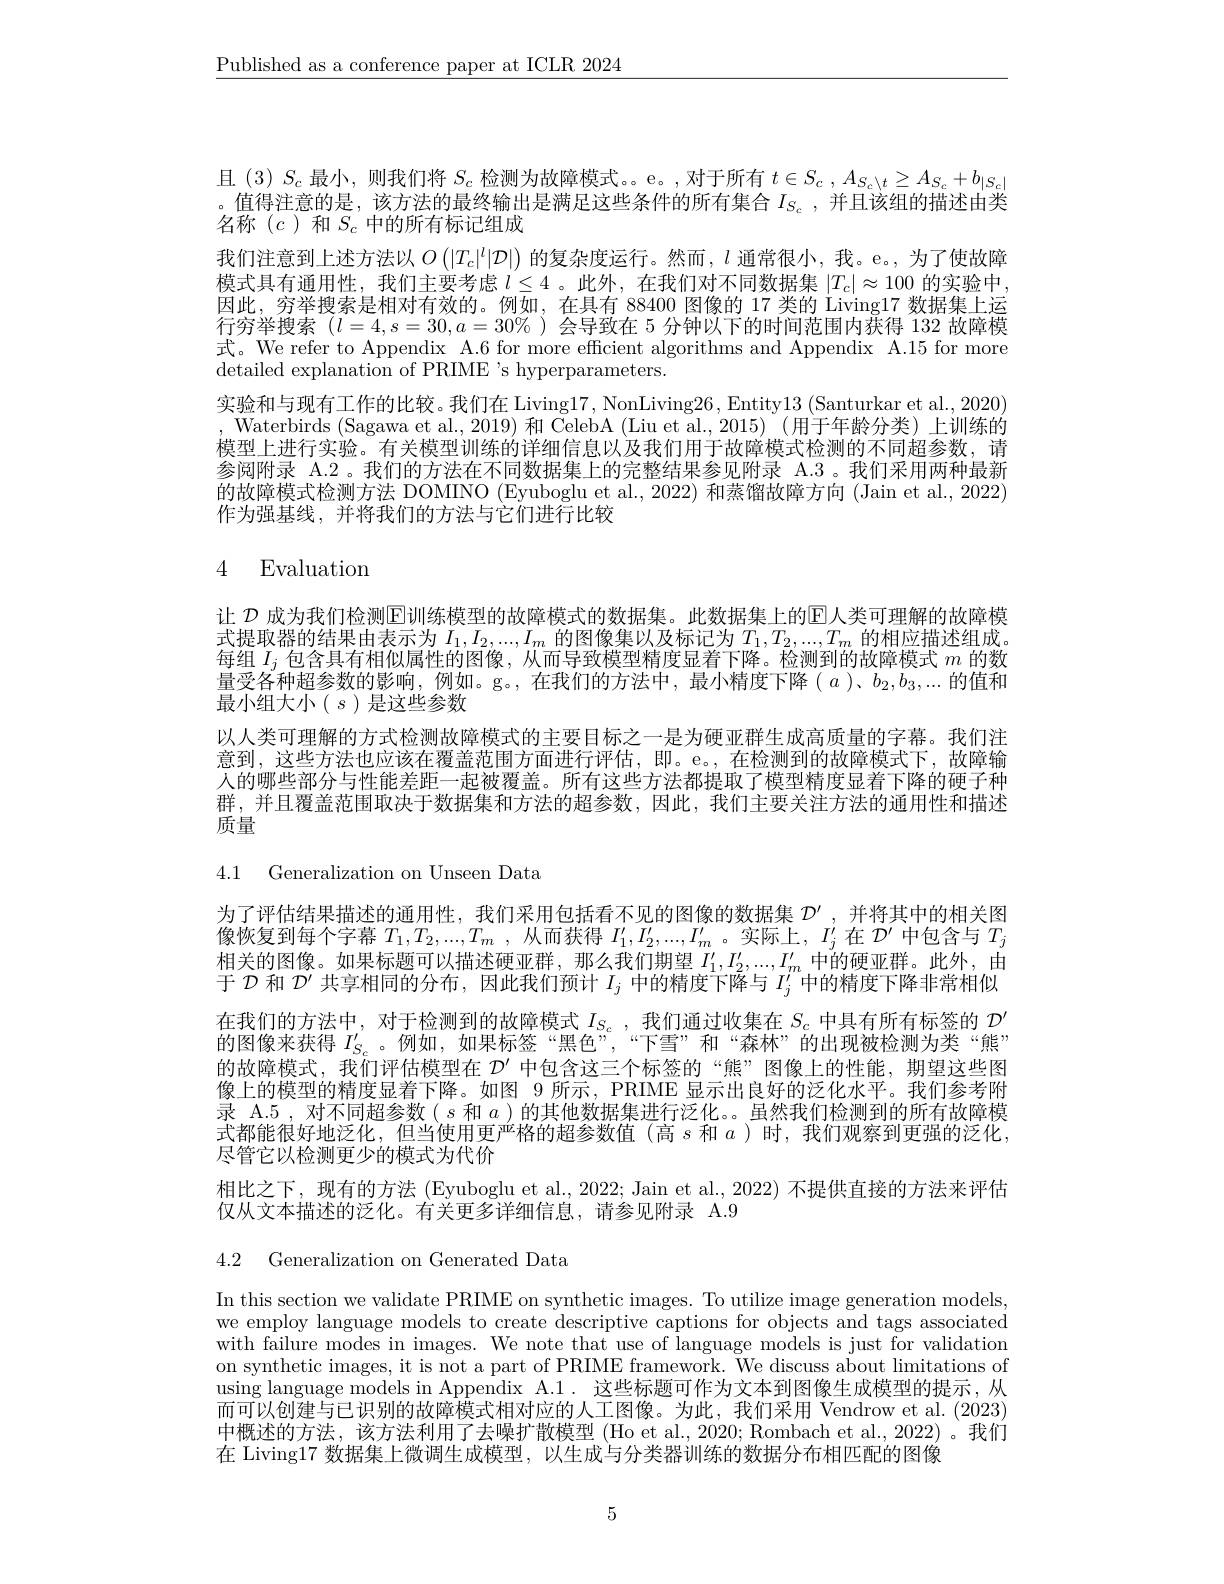
$\underline{\text{Published as a conference paper at ICLR 2024}}$

且(3)$S_c$最小，则我们将$S_c$检测为故障模式。e。,对于所有$t\in S_c,A_{S_c\backslash t}\geq A_{S_c}+b_{|S_c|}$ 。值得注意的是，该方法的最终输出是满足这些条件的所有集合$I_{S_c}$ ,并且该组的描述由类名称(c)和$S_c$中的所有标记组成
我们注意到上述方法以$O\left(|T_c|^l|\mathcal{D}|\right)$的复杂度运行。然而，$l$通常很小，我。e。,为了使故障模式具有通用性，我们主要考虑$l\leq4$ 。此外，在我们对不同数据集$|T_c|\approx100$的实验中， 因此，穷举搜索是相对有效的。例如，在具有 88400 图像的 17 类的 Living17 数据集上运行穷举搜索$(l=4,s=30,a=30\%$ )会导致在 5 分钟以下的时间范围内获得 132 故障模式。We refer to Appendix A.6 for more efficient algorithms and Appendix A.15 for more detailed explanation of PRIME's hyperparameters.
实验和与现有工作的比较。我们在 Living17,NonLiving26, Entity$13\left(\text{Santurkar et al}.,2020\right)$ , Waterbirds (Sagawa et al., 2019) 和 CelebA (Liu et al., 2015) (用于年龄分类)上训练的模型上进行实验。有关模型训练的详细信息以及我们用于故障模式检测的不同超参数，请参阅附录 A.2 。我们的方法在不同数据集上的完整结果参见附录 A.3 。我们采用两种最新的故障模式检测方法 DOMINO (Eyuboglu et al., 2022) 和蒸馏故障方向 (Jain et al., 2022) 作为强基线，并将我们的方法与它们进行比较

# 4 Evaluation

让 $\mathcal{D}$ 成为我们检测$\mathbb{E}$训练模型的故障模式的数据集。此数据集上的$\mathbb{E}$人类可理解的故障模式提取器的结果由表示为$I_1,I_2,...,I_m$的图像集以及标记为$T_1,T_2,...,T_m$的相应描述组成。每组$I_j$包含具有相似属性的图像，从而导致模型精度显着下降。检测到的故障模式$m$的数量受各种超参数的影响，例如。g。,在我们的方法中，最小精度下降(a)、$b_2,b_3,...$的值和最小组大小$(s)$是这些参数
以人类可理解的方式检测故障模式的主要目标之一是为硬亚群生成高质量的字幕。我们注意到，这些方法也应该在覆盖范围方面进行评估，即。e。,在检测到的故障模式下，故障输人的哪些部分与性能差距一起被覆盖。所有这些方法都提取了模型精度显着下降的硬子种群，并且覆盖范围取决于数据集和方法的超参数，因此，我们主要关注方法的通用性和描述质量

4.1 Generalization on Unseen Data

为了评估结果描述的通用性，我们采用包括看不见的图像的数据集$\mathcal{D}^\prime$,并将其中的相关图像恢复到每个字幕$T_1, T_2, . . . , T_m$ , 从而获得$I_1^\prime,I_2^\prime,...,I_m^\prime$。实际上，$I_j^\prime$在$\mathcal{D}^\prime$中包含与$T_j$ 相关的图像。如果标题可以描述硬亚群，那么我们期望$I_1^{\prime},I_2^{\prime},...,I_m^{\prime}$中的硬亚群。此外，由于$\mathcal{D}$和$\mathcal{D}^\prime$共享相同的分布，因此我们预计$I_j$中的精度下降与$I_j^{\prime\prime}$中的精度下降非常相似在我们的方法中，对于检测到的故障模式$I_S_c$,我们通过收集在$S_c$中具有所有标签的$D^\prime$ 的网伤击求组$I^{\prime\prime}$阿加 如用云悠“网名”“下声”和“木井”的山西冲松测头米$\omega$能” 的图像来获得$I_{S_c}^{\prime}$。例如，如果标签“黑色”,“下雪”和“森林”的出现被检测为类“熊” 的故障模式，我们评估模型在$\mathcal{D}^{\prime}$中包含这三个标签的“熊”图像上的性能，期望这些图像上的模型的精度显着下降。如图 9 所示，PRIME 显示出良好的泛化水平。我们参考附录 A.5 , 对不同超参数$(s$和$a$ )的其他数据集进行泛化。。虽然我们检测到的所有故障模式都能很好地泛化，但当使用更严格的超参数值(高$s$ 和$a$ )时，我们观察到更强的泛化， 尽管它以检测更少的模式为代价
相比之下，现有的方法 (Eyuboglu et al., 2022; Jain et al., 2022) 不提供直接的方法来评估
仅从文本描述的泛化。有关更多详细信息，请参见附录 A.9

4.2 Generalization on Generated Data

In this section we validate PRIME on synthetic images. To utilize image generation models, we employ language models to create descriptive captions for objects and tags associated with failure modes in images. We note that use of language models is just for validation on synthetic images, it is not a part of PRIME framework. We discuss about limitations of using language models in Appendix A.1. 这些标题可作为文本到图像生成模型的提示，从而可以创建与已识别的故障模式相对应的人工图像。为此，我们采用 Vendrow et al. (2023) 中概述的方法，该方法利用了去噪扩散模型 (Ho et al., 2020; Rombach et al., 2022) 。我们在 Living17 数据集上微调生成模型，以生成与分类器训练的数据分布相匹配的图像

5